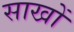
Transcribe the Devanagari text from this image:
साखों